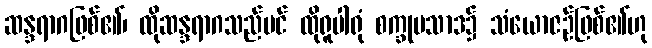
ဆန္ဒရာဂဖြစ်၏၊ ထိုဆန္ဒရာဂသည်ပင် ထိုရူပါရုံ စက္ခုပသာဒ၌ သံယောဇဉ်ဖြစ်၏ဟု